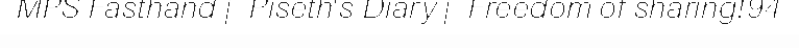
MPS Fasthand | Piseth's Diary | Freedom of sharing!94